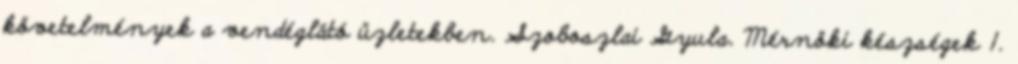
követelmények a vendéglátó üzletekben. Szoboszlai Gyula. Mérnöki készségek 1.